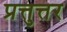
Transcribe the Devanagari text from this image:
प्रत्तुत्तर